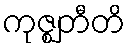
ကုဇ္ဈတီတိ